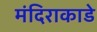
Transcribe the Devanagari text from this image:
मंदिराकाडे